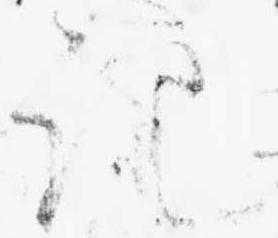
記